Lui_Olesk, lk 21
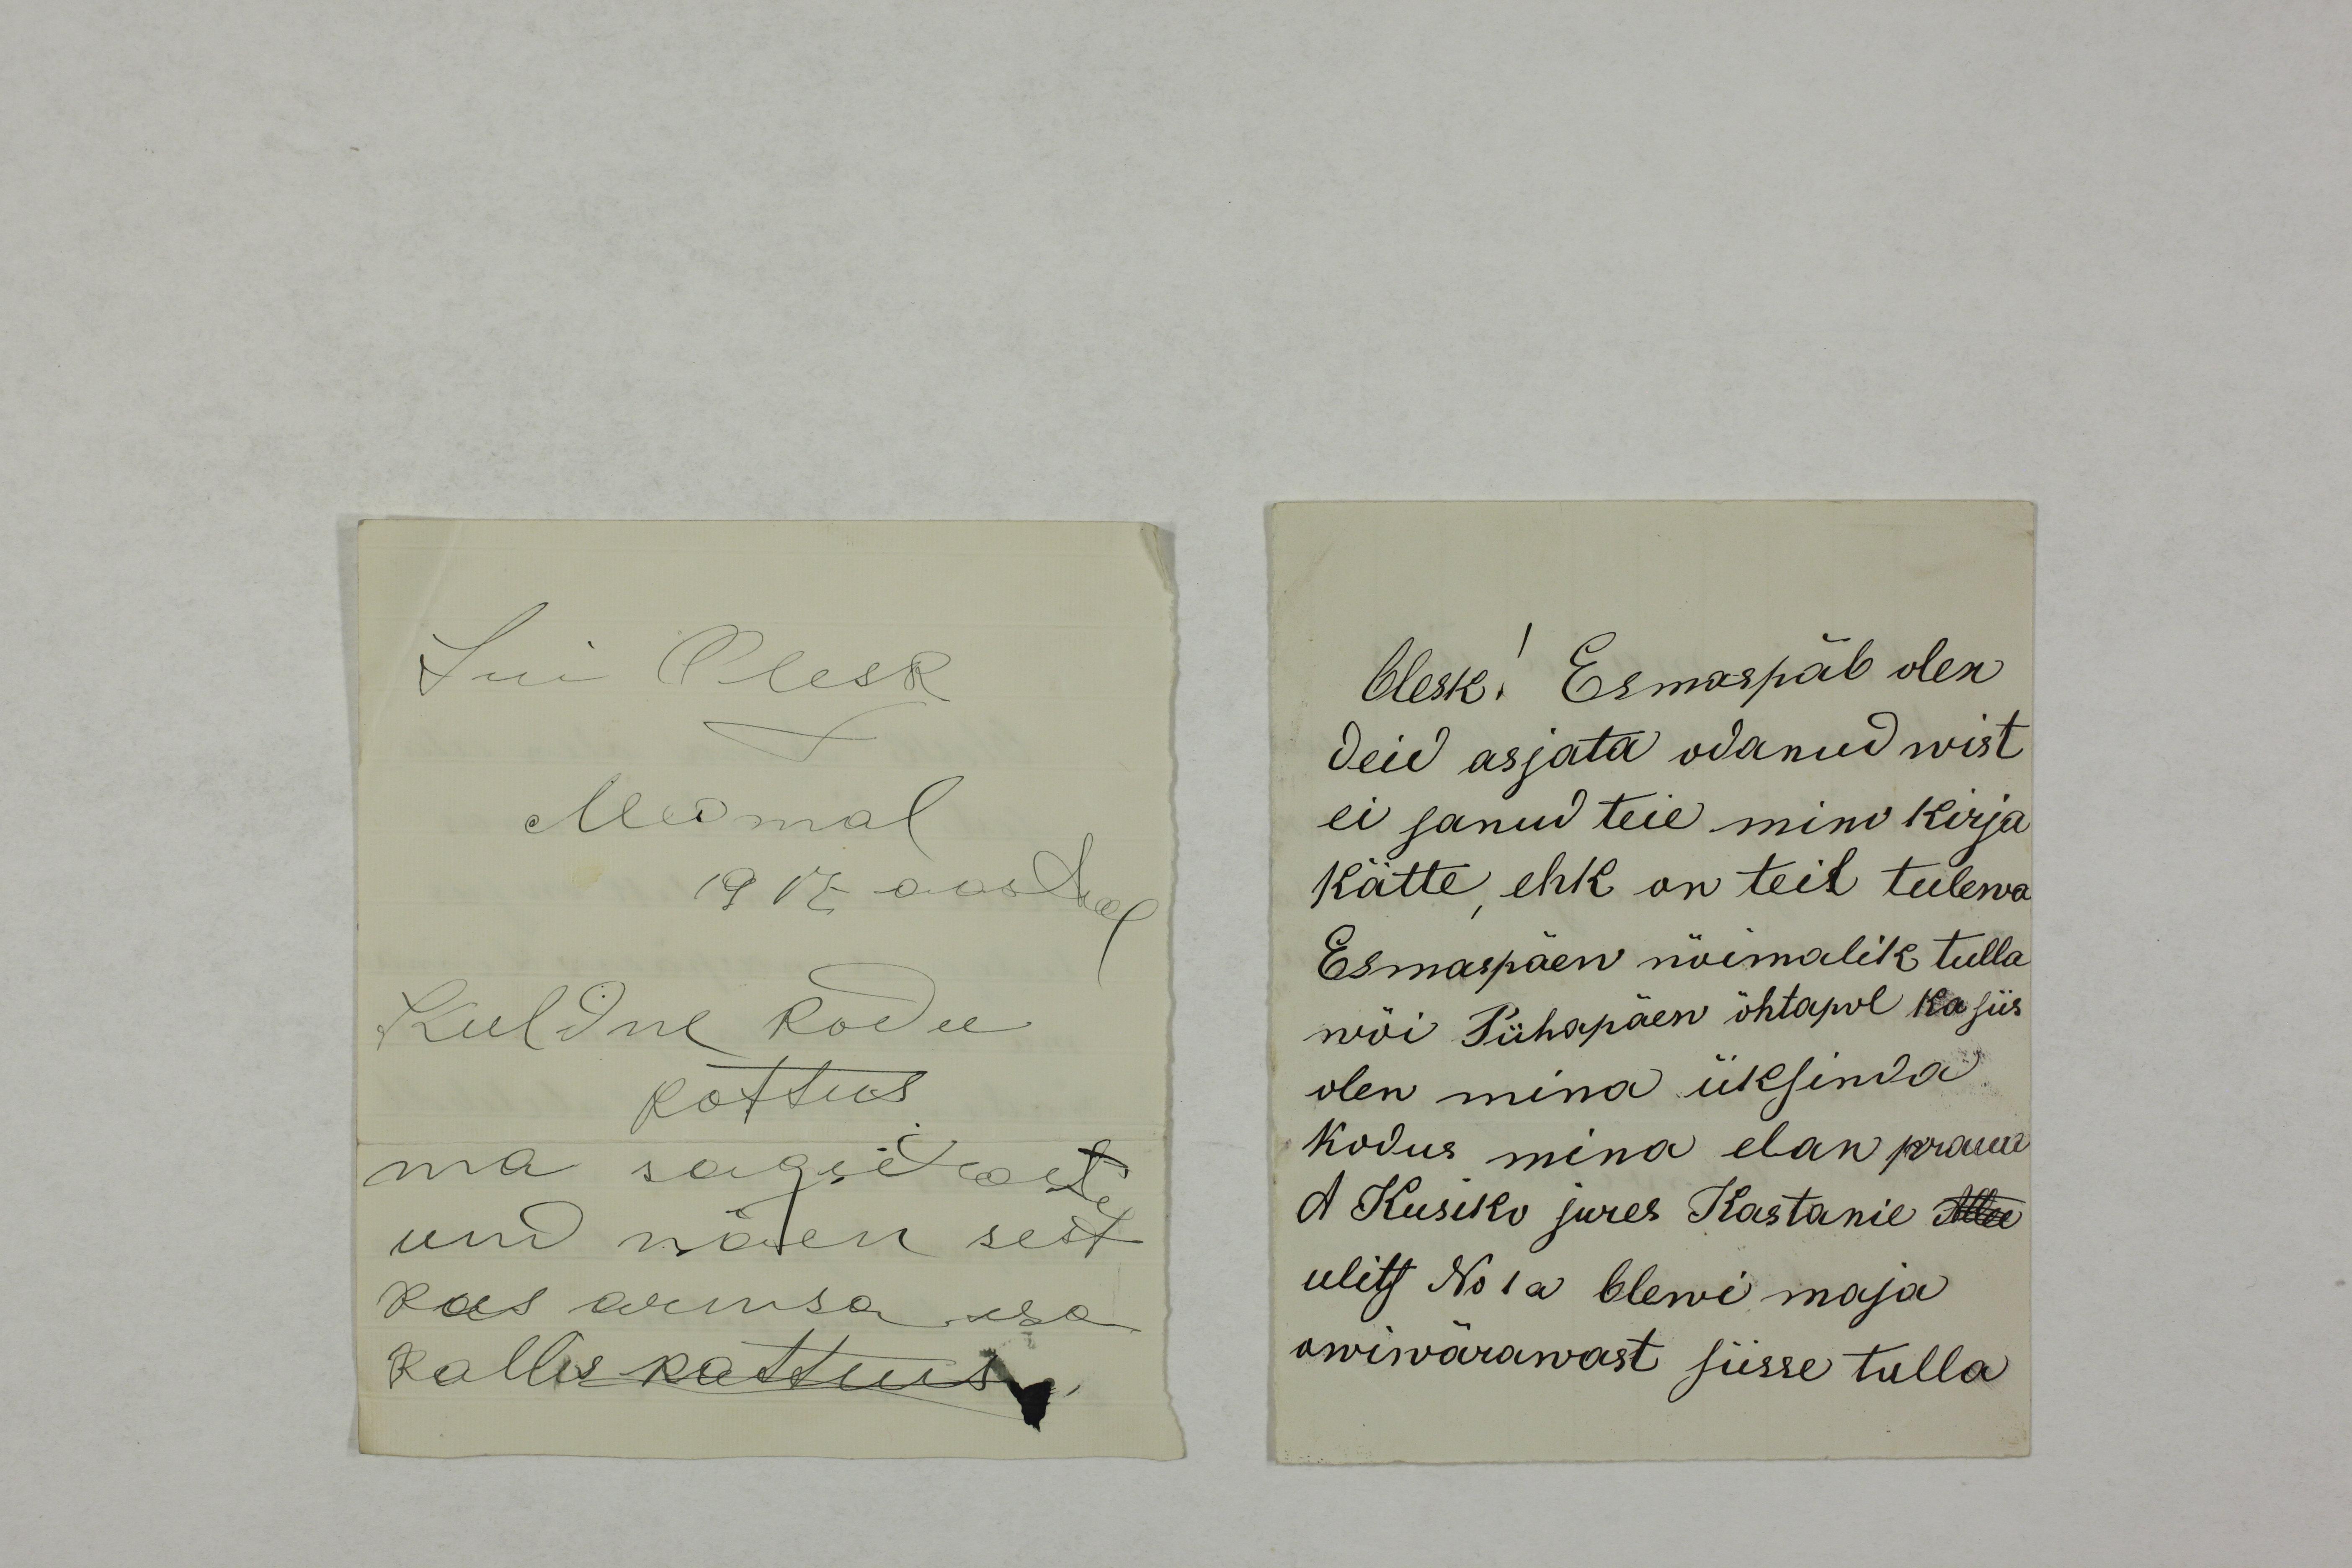
Lui Olesk
Meomal
1917 aastal
Kuldne Kodu
Kottus
ma sagedaste
und näen sest
kus armsa isa
kallis kattus

Olesk! Esmaspäl olen
deid asjata odanud wist
ei sanud teie mino kirja
kätte, ehk on teil tulewa
Esmaspäew wõimalik tulla 
wõi Pühapäew õhtapol ka siis
olen mina üksinda
kodus mina elan praua
A Kusiko jures Kastanie Allee 
ulits No 1a Olewi maja
owiwärawast siisse tulla